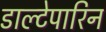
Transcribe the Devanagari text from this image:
डाल्टेपारिन